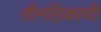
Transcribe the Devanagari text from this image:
तीनठिकाणी